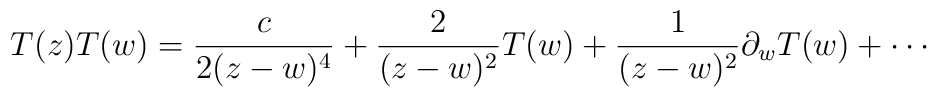
T(z)T(w)=\frac{c}{2(z-w)^{4}}+\frac{2}{(z-w)^{2}}T(w)+\frac{1}{(z-w)^{2}}\partial_{w}T(w)+\cdots